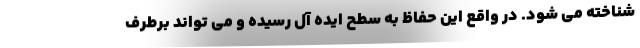
شناخته می شود. در واقع این حفاظ به سطح ایده آل رسیده و می تواند برطرف